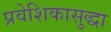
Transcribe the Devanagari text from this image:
प्रवेशिकासुद्धा